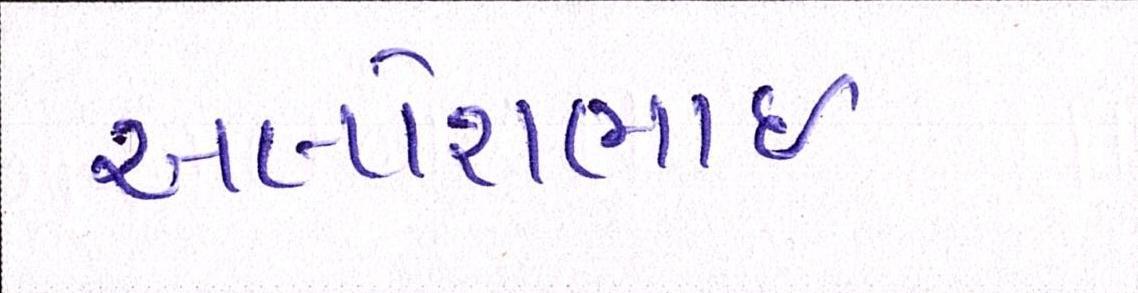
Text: અલ્પેશભાઇ